Juri_Uluots, lk 39
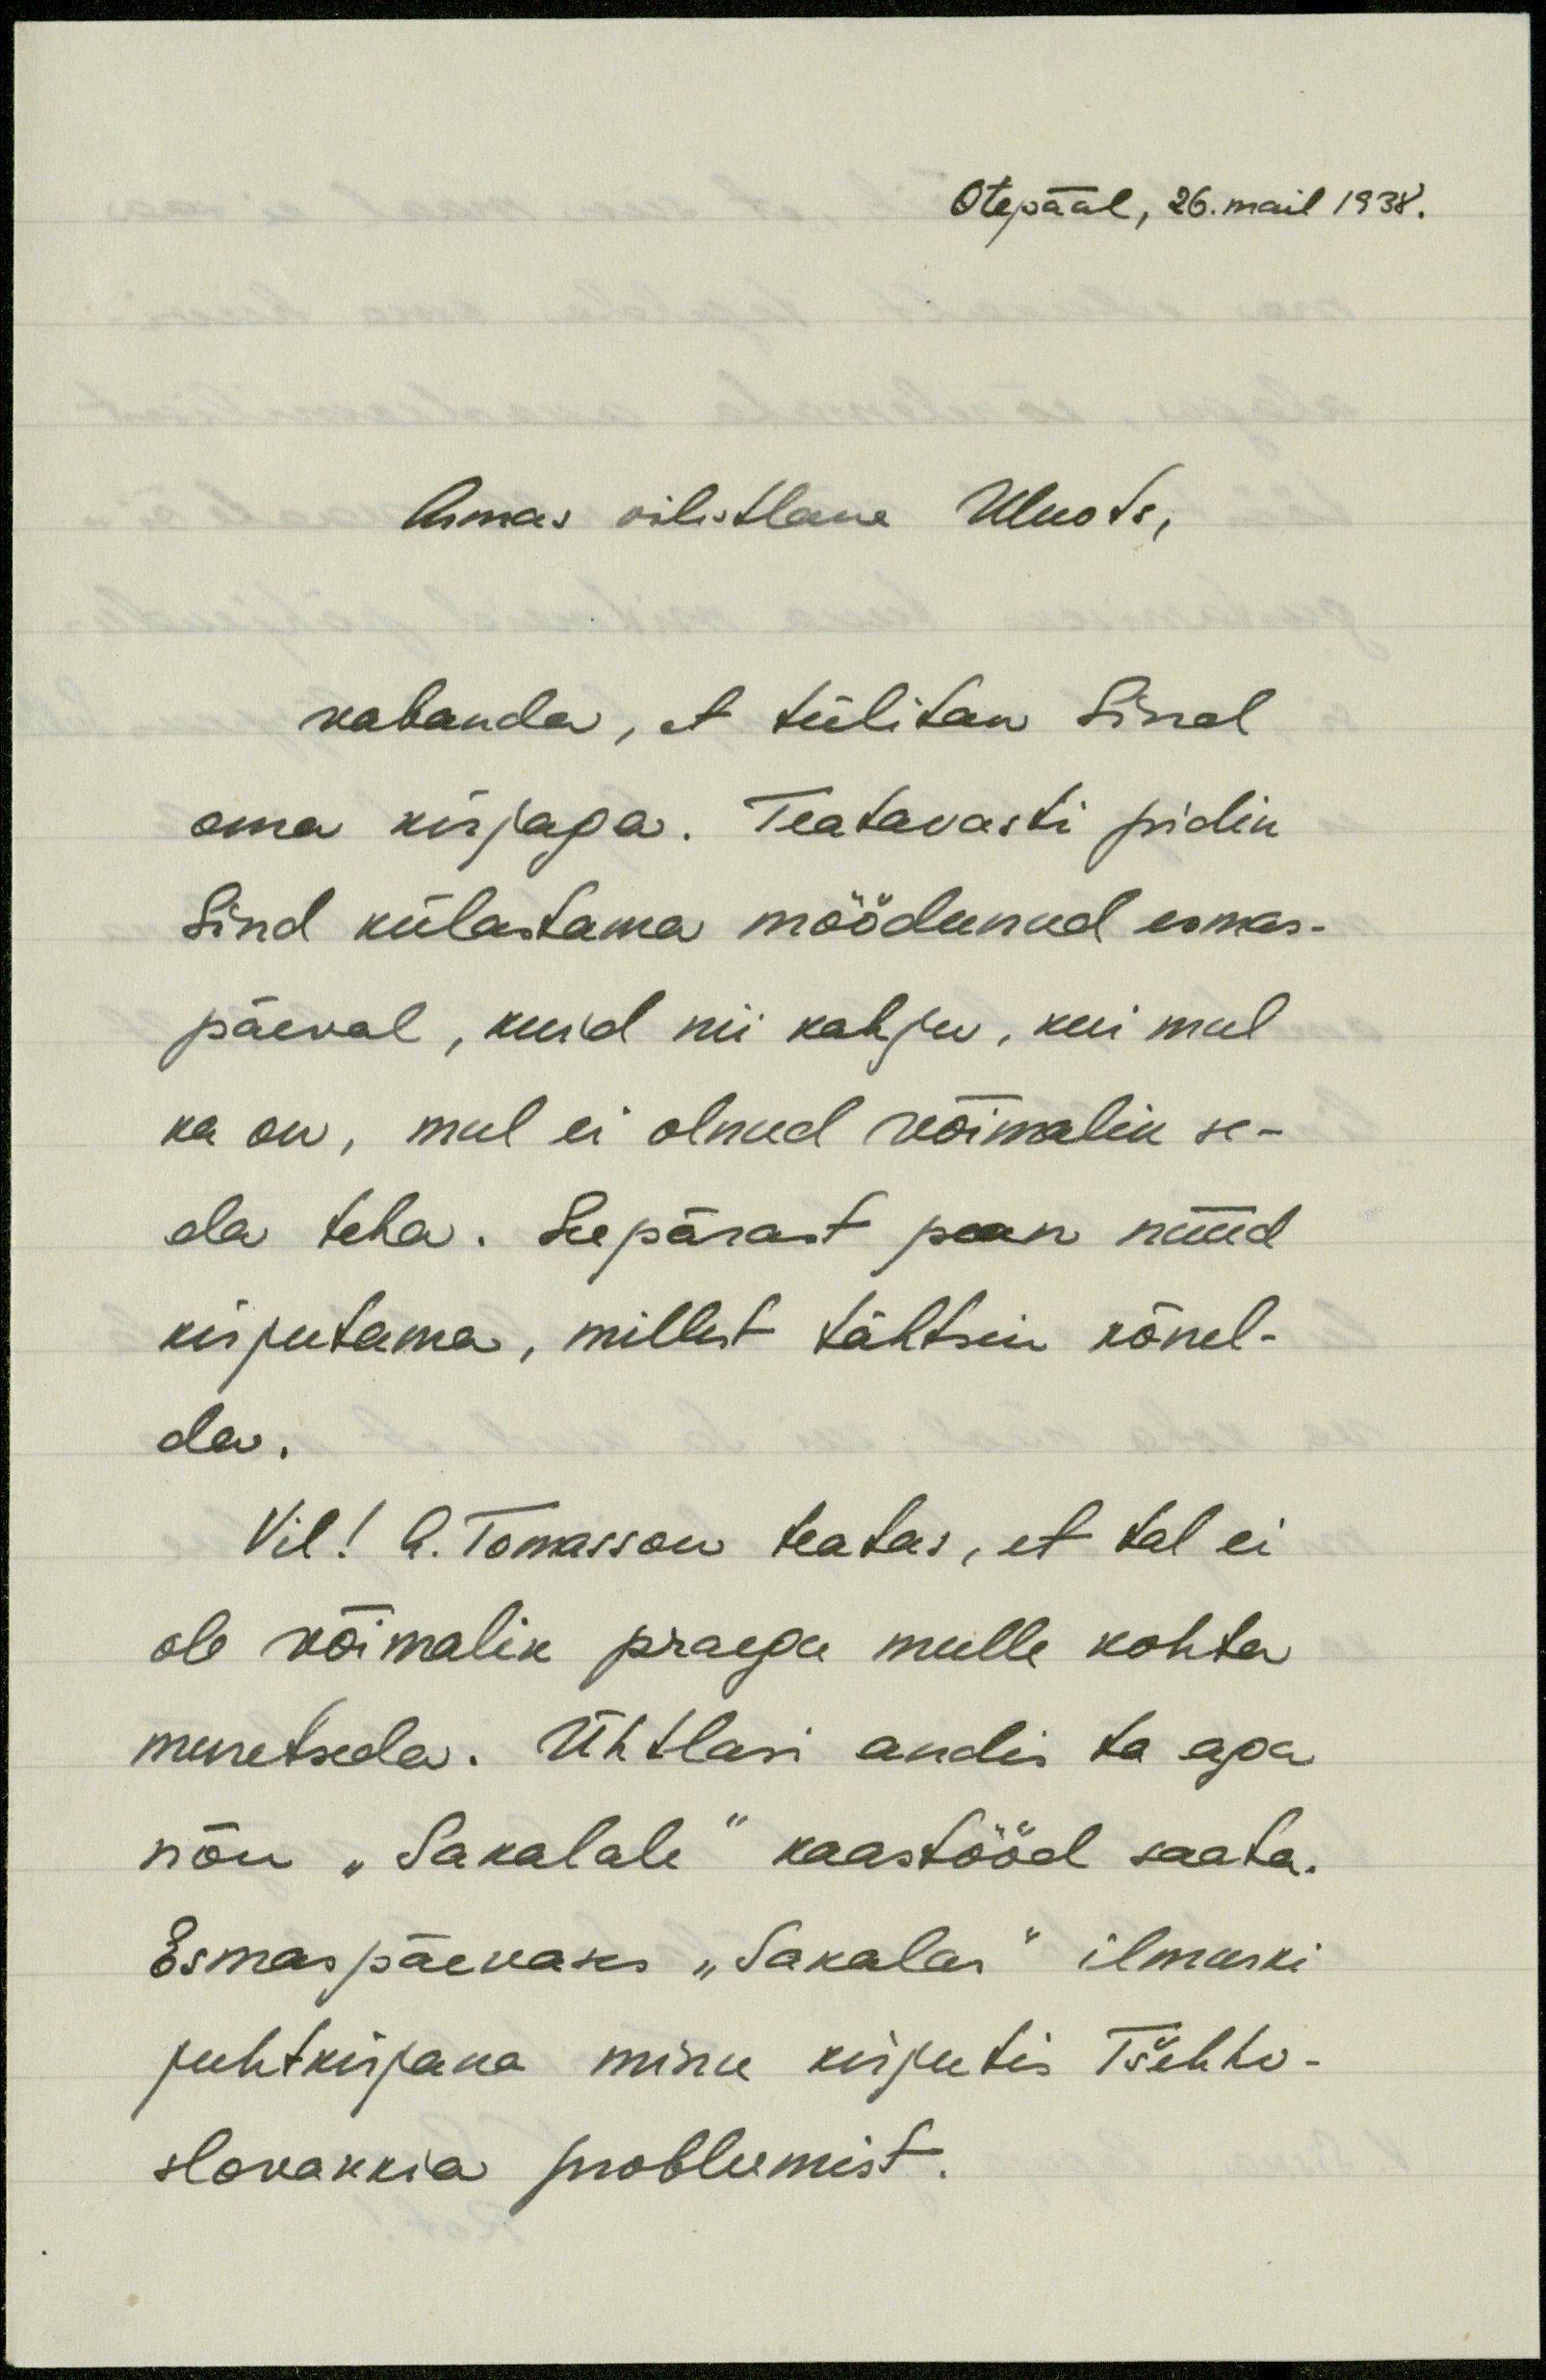
Otepääl, 26.mail 1938.
Armas vilistlane Uluots,
vabanda, et tülitan Sind
oma kirjaga. Teatavasti pidin
Sind külastama möödunud esmas-
päeval, kuid nii kahju, kui mul
ka on, mul ei olnud võimalik se-
da teha. Seepärast pean nüüd
kirjutama, millest tähtsin kõnel-
da.
Vil! O. Tomasson teatas, et tal ei
ole võimalik praegu mulle kohta
muretseda. Ühtlasi andis ta aga
nõu "Sakalale" kaastööd saata.
Esmaspäevases "Sakalas" ilmuski
juhtkirjana minu kirjutis Tšehho-
slovakkia probleemist.